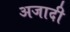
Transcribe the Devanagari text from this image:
अजादी